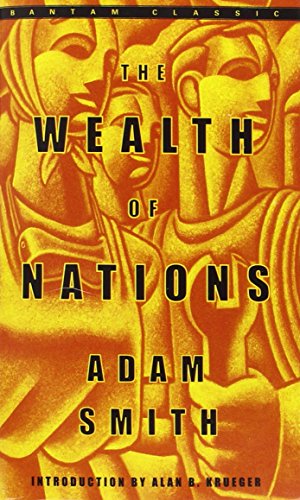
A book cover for The Wealth of Nations (Bantam Classics); Adam Smith; Business & Money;